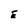
Character: E